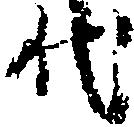
代